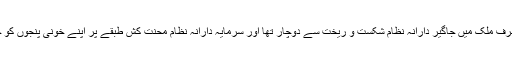
پریم چند نے اِس کردارکے سہارے عہد غلامی کے اُس متلاطم دور کا خاکہ پیش کیا ہے جہاں ایک طرف ملک میں جاگیر دارانہ نظام شکست و ریخت سے دوچار تھا اور سرمایہ دارانہ نظام محنت کش طبقے پر اپنے خونی پنجوں کو جمانے کی فکر میں مبتلا تھا تو دوسری طرف محنت کشوں میں بیداری کا احساس بھی پیدا ہو چلا تھا۔